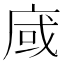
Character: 𢈿